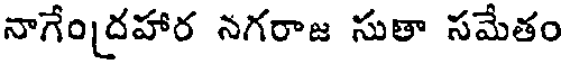
నాగేందహార నగరాజ సుతా సమేతం